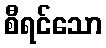
စီရင်သော